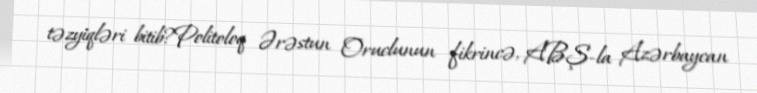
təzyiqləri bitib?Politoloq Ərəstun Oruclunun fikrincə, ABŞ-la Azərbaycan